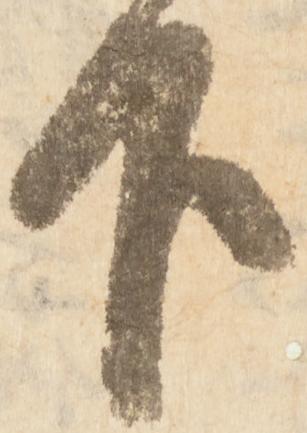
下